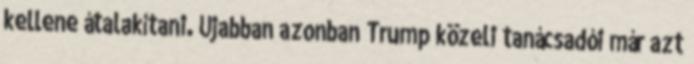
kellene átalakítani. Újabban azonban Trump közeli tanácsadói már azt